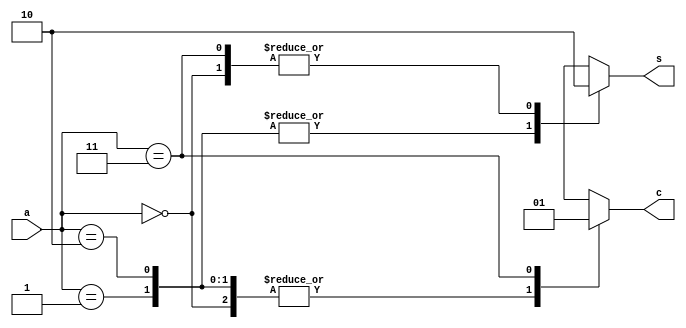
`timescale 1ns / 1ps
//////////////////////////////////////////////////////////////////////////////////
// Company: 
// Engineer: 
// 
// Design Name: 
// Module Name: logic_half_adder_case
// Project Name: 
// Target Devices: 
// Tool Versions: 
// Description: 
// 
// Dependencies: 
// 
// Revision:
// Revision 0.01 - File Created
// Additional Comments:
// 
//////////////////////////////////////////////////////////////////////////////////


module logic_half_adder_case(s, c, a);
input [1:0] a;
output s, c;

reg s, c;

always @(a)
    case(a)
    2'b00: begin s = 0; c = 0; end
    2'b01: begin s = 1; c = 0; end
    2'b10: begin s = 1; c = 0; end
    2'b11: begin s = 0; c = 1; end
    endcase
    
endmodule